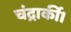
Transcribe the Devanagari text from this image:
चंद्रार्की।